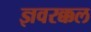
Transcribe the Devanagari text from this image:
ज्ञवरक्कल